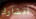
أتشارك